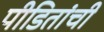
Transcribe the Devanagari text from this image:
पीडितांची